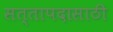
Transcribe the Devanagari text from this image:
सत्तापदासाठी